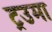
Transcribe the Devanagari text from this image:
ट्रउमा